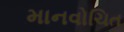
માનવોચિત